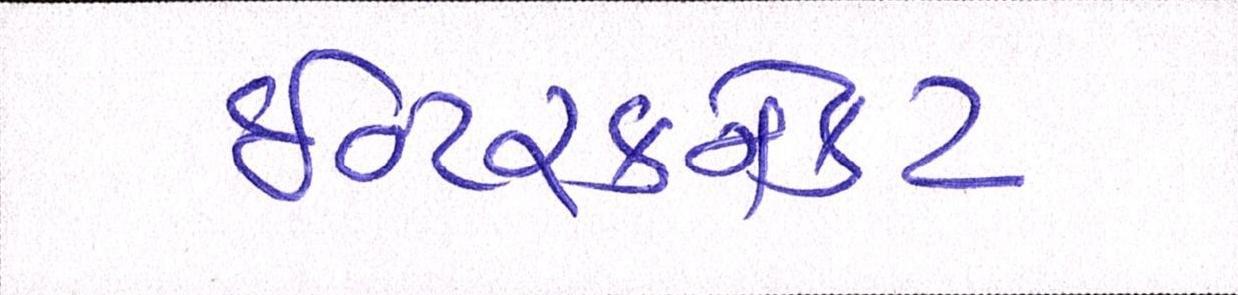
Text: ઈન્ટરકનેકટ